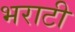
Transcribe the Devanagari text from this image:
भराटी